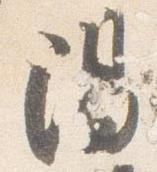
陽